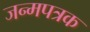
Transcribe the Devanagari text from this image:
जन्मपत्रक